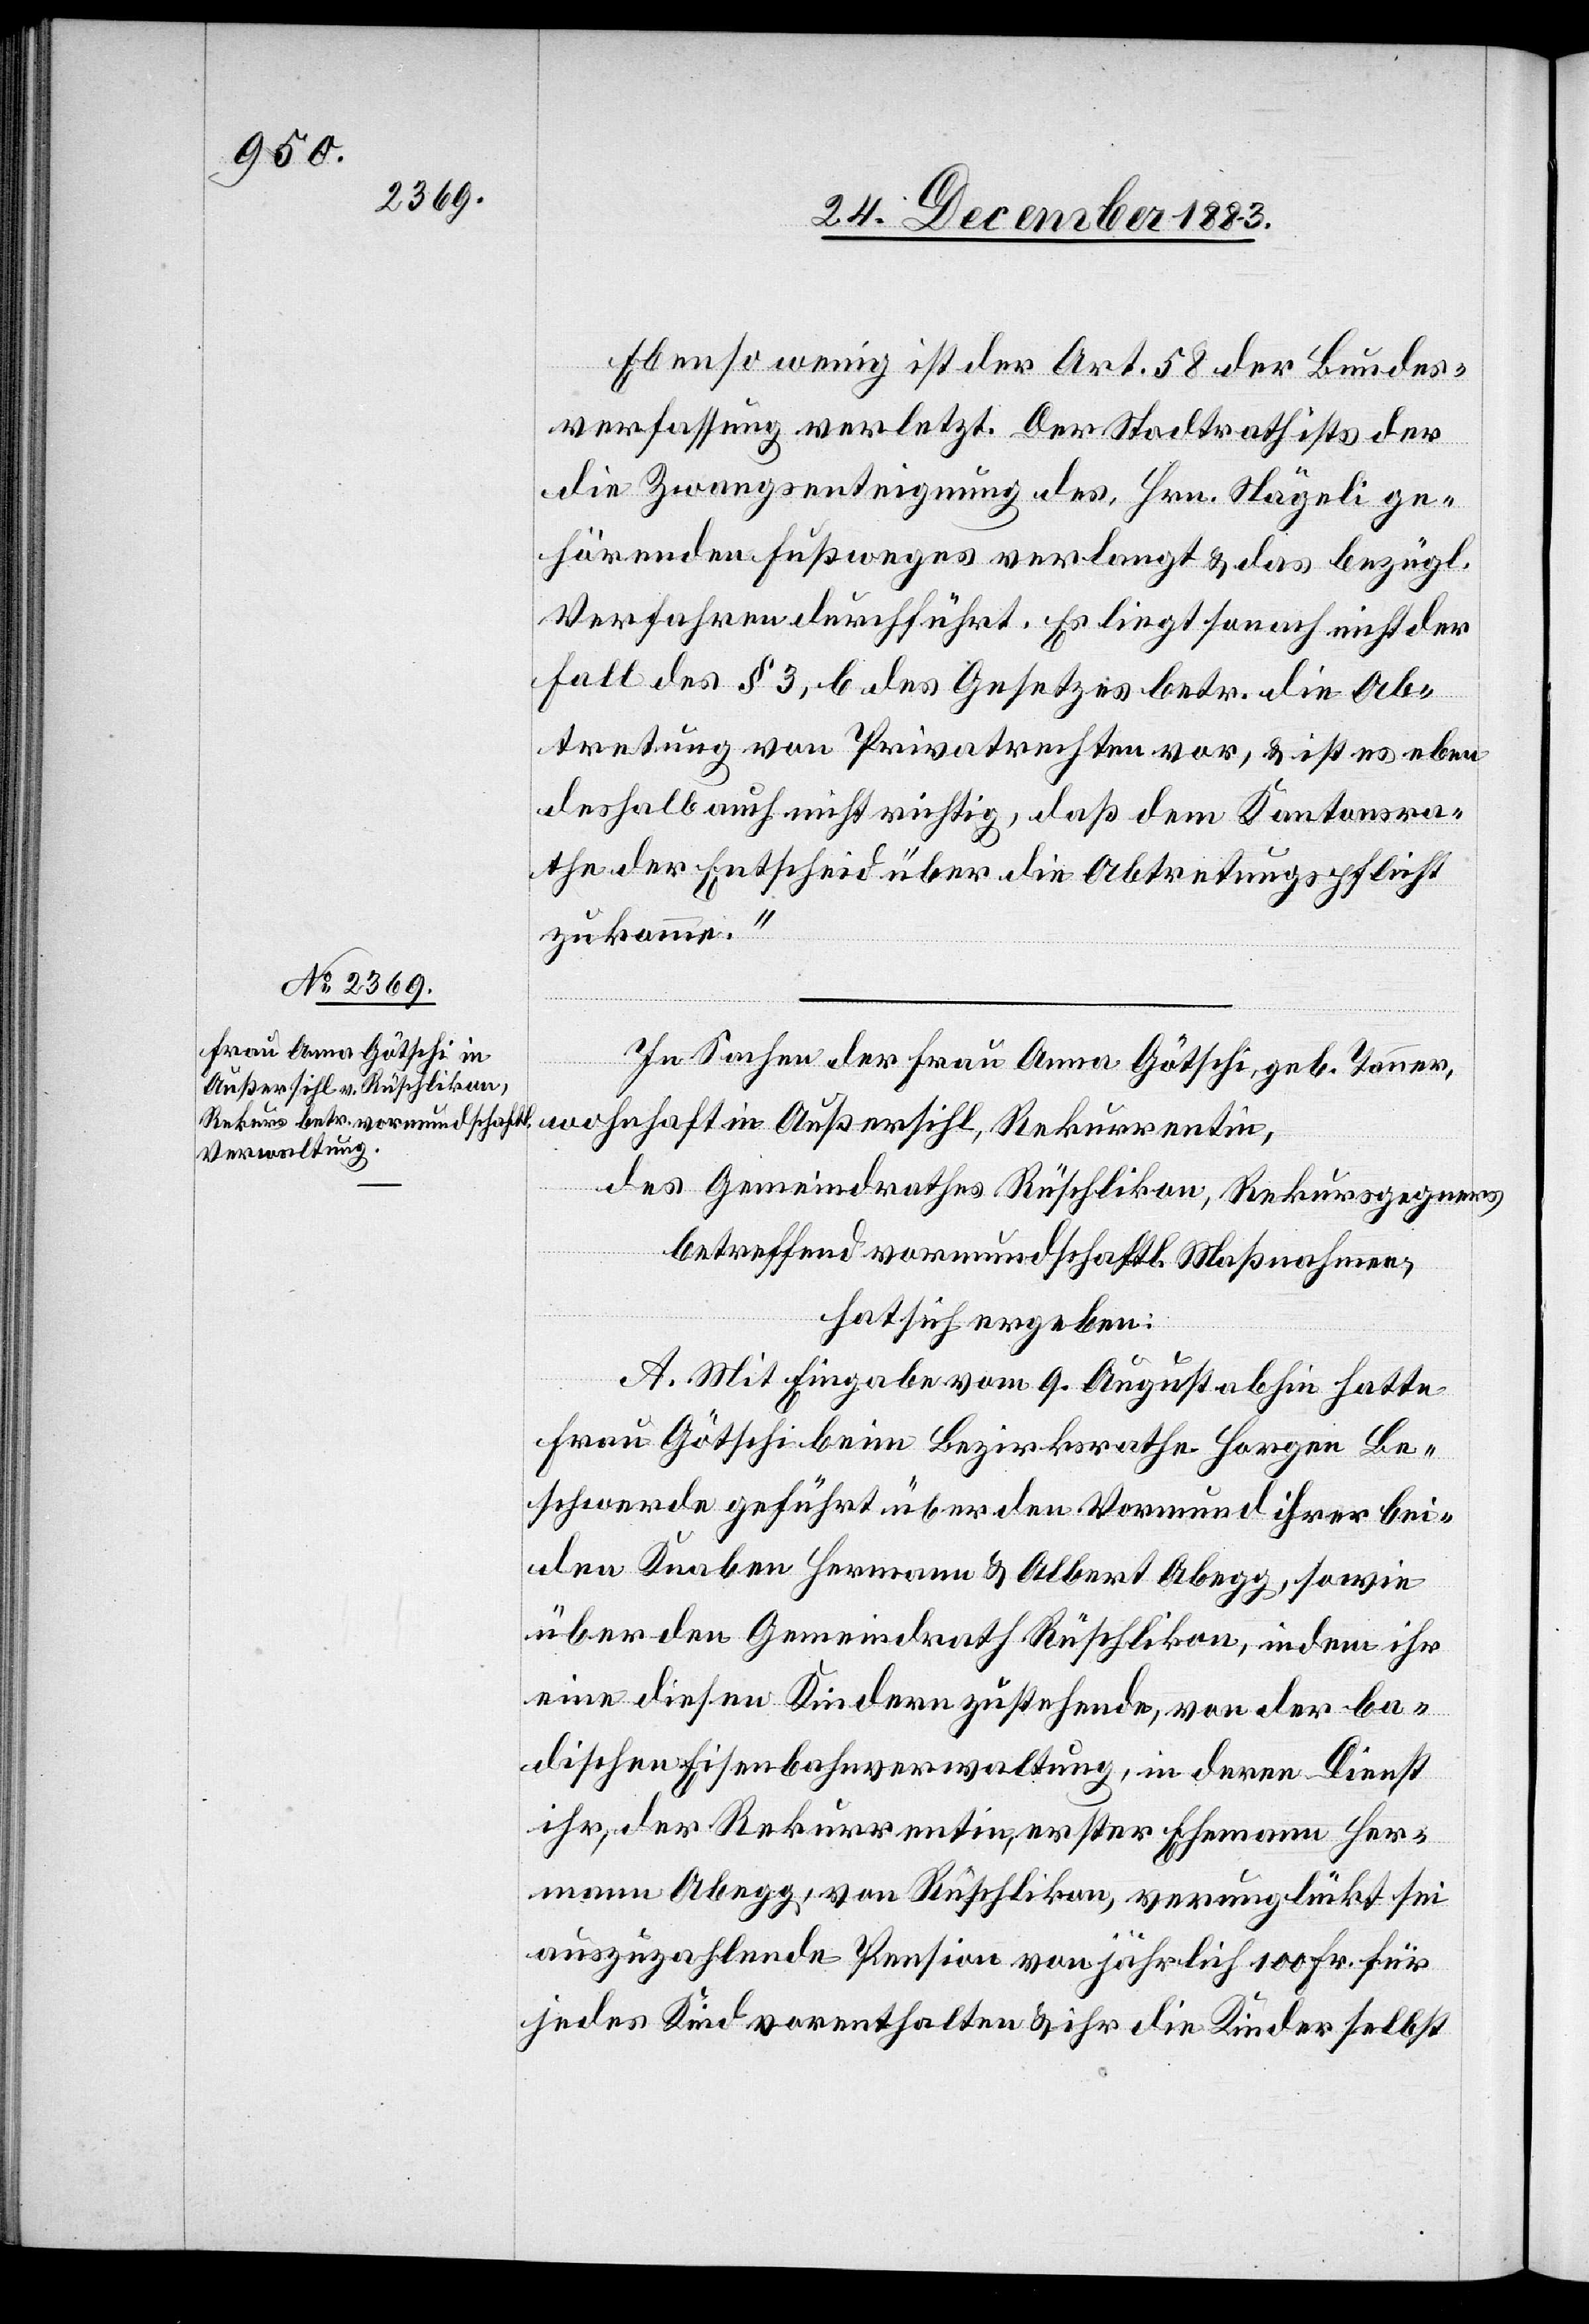
Ebenso wenig ist der Art. 58 der Bundes¬
verfassung verletzt. Der Stadtrath ists[,] der
die Zwangsenteignung des, Hrn. Nägeli ge¬
hörenden Fußweges verlangt & das bezügl.
Verfahren durchführt. Es liegt sonach nicht der
Fall des § 3, b des Gesetzes betr. die Ab¬
tretung von Privatrechten vor, & ist es eben
deshalb auch nicht richtig, daß dem Kantonsra¬
the der Entscheid über die Abtretungspflicht
zukomme.“
In Sachen der Frau Anna Götschi, geb. Tanner,
des Gemeindrathes Rüschlikon, Rekursgegners
betreffend vormundschaftl. Maßnahmen,
hat sich ergeben:
A. Mit Eingabe vom 9. August abhin hatte
Frau Götschi beim Bezirksrathe Horgen Be¬
schwerde geführt über den Vormund ihrer bei¬
den Knaben Hermann & Albert Abegg, sowie
über den Gemeindrath Rüschlikon, indem ihr
eine diesen Kindern zustehende, von der ba¬
dischen Eisenbahnverwaltung, in deren Dienst
ihr, der Rekurrentin, erster Ehemann Her¬
mann Abegg, von Rüschlikon, verunglückt sei
auszuzahlende Pension von jährlich 100 Fr. für
jedes Kind vorenthalten & ihr die Kinder selbst